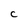
Character: C